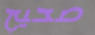
صحيح